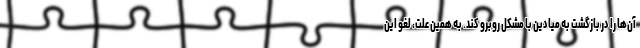
آن‌ها را در بازگشت به میادین با مشکل روبرو کند. به همین علت، لغو این